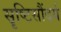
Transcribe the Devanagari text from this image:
सॄष्टिसौंदर्य